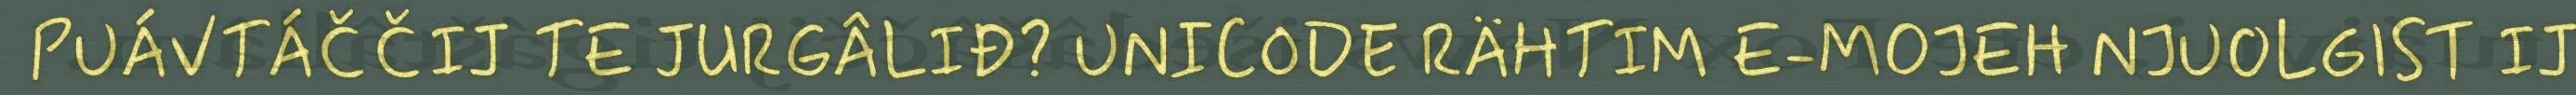
PUÁVTÁČČIJ TE JURGÂLIĐ? UNICODE RÄHTIM E-MOJEH NJUOLGIST IJ